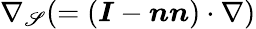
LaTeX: \nabla_{\mathscr{S}}(=\left({\boldsymbol{I}}-{\boldsymbol{n}}{\boldsymbol{n}}\right)\cdot\nabla)